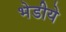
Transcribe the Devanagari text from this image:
भेडीये